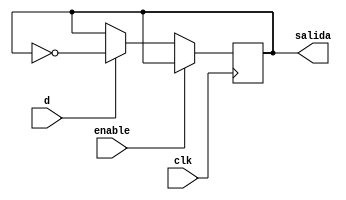
module FFT_enable (
    input d,enable,clk,
    output reg salida = 1'b0
);
    always @(posedge clk) begin
        
        if (!enable) begin
            if (d) begin
                salida <= ~salida;    
            end
            else begin
                salida<=salida;
            end
        end
        
    end
endmodule